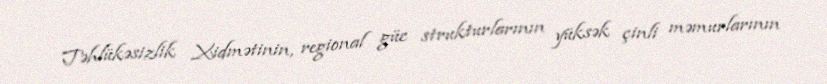
Təhlükəsizlik Xidmətinin, regional güc strukturlarının yüksək çinli məmurlarının